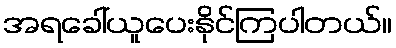
အရခေါ်ယူပေးနိုင်ကြပါတယ်။